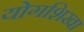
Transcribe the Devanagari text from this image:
योगशिखा